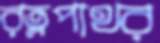
রত্নপাথর